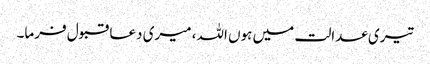
تیری عدالت میں ہوں اللہ، میری دعا قبول فرما۔